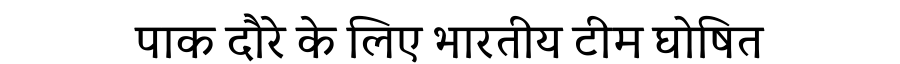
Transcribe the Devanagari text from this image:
पाक दौरे के लिए भारतीय टीम घोषित